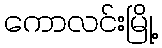
ကောလင်းမြို့